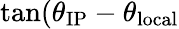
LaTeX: \tan(\theta_{\textrm{IP}}-\theta_{\textrm{local}}